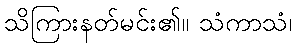
သိကြားနတ်မင်း၏။ သံကာသံ၊